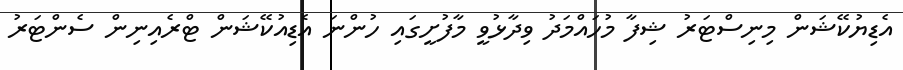
އެޑިޔުކޭޝަން މިނިސްޓަރު ޝިފާ މުހައްމަދު ވިދާޅުވީ މާފުށީގައި ހުންނަ އެޑިއުކޭޝަން ޓްރެއިނިން ސެންޓަރު